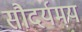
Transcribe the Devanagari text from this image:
सौदर्यमय